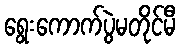
ရွေးကောက်ပွဲမတိုင်မီ